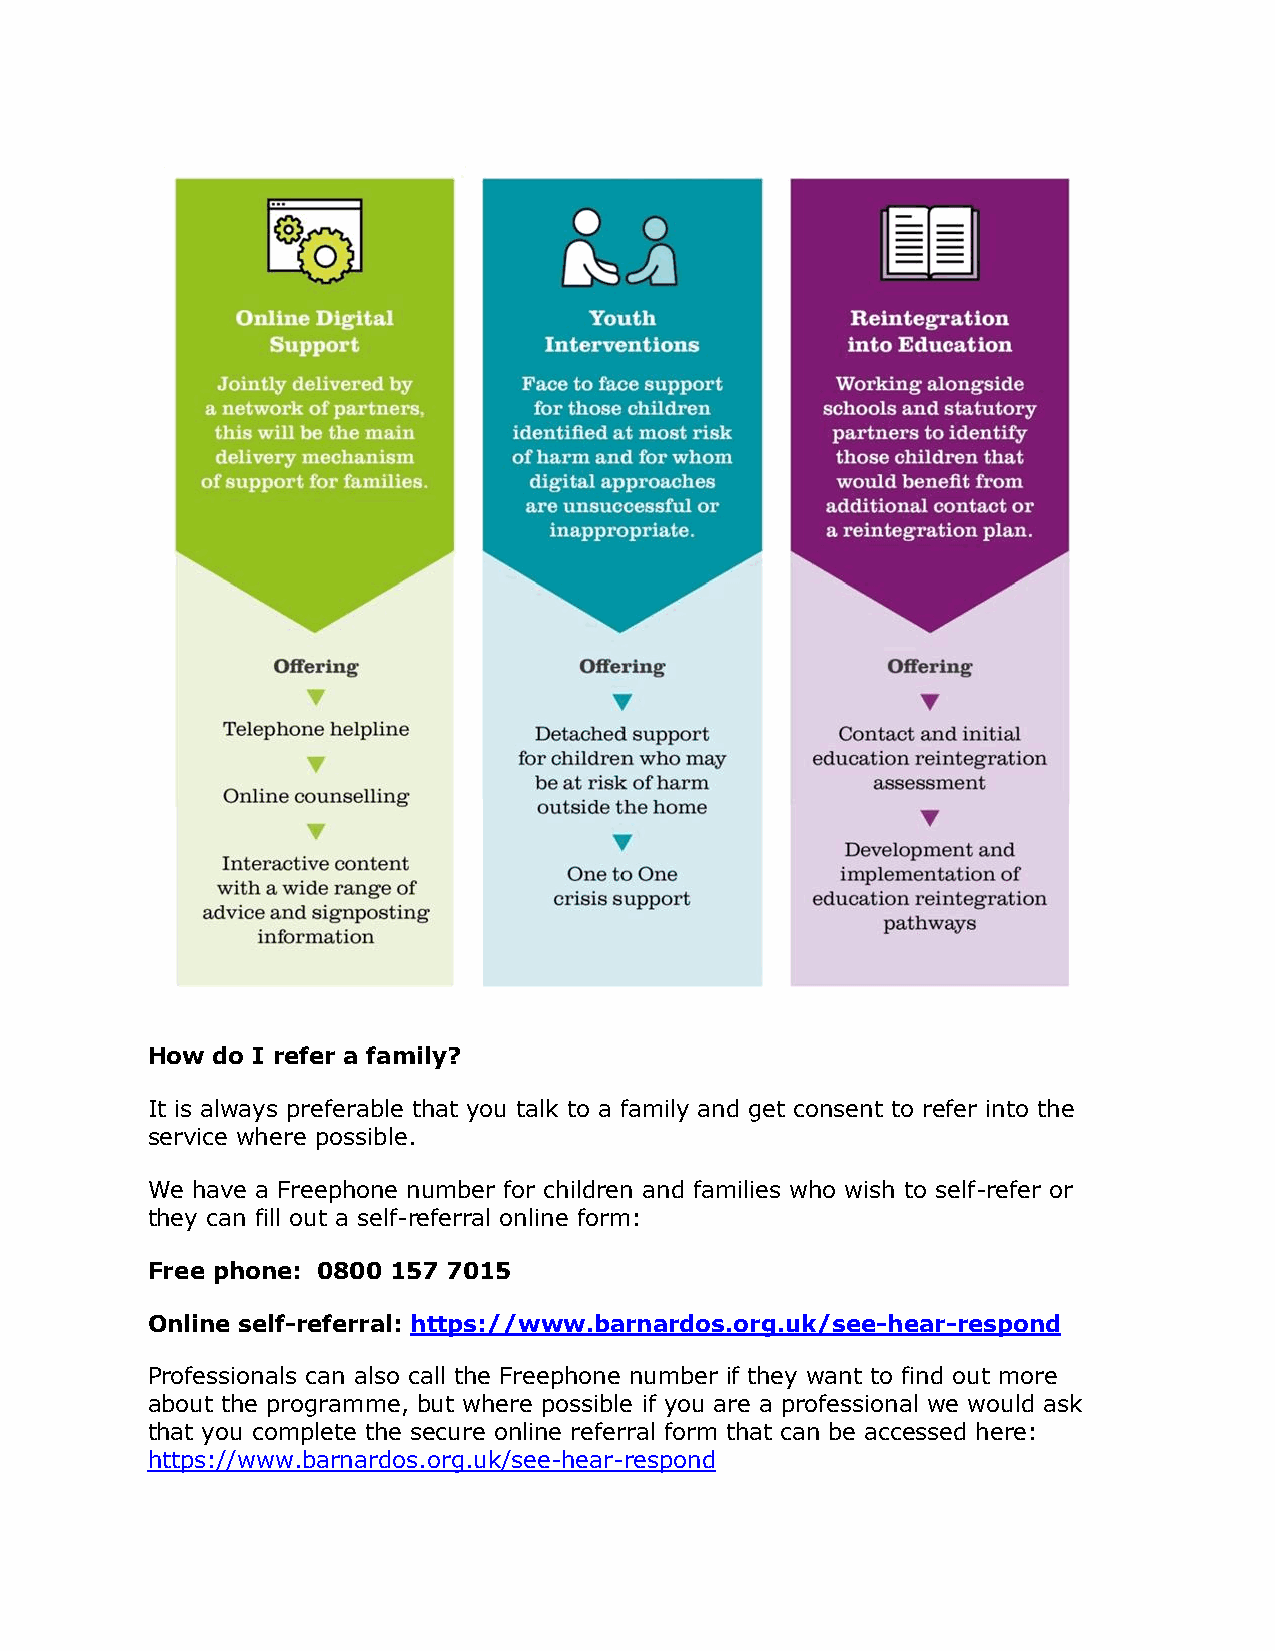
How do I refer a family?
 It is always preferable that you talk to a family and get consent to refer into the
 service where possible.
 We have a Freephone number for children and families who wish to self-refer or
 they can fill out a self-referral online form:
 Free phone: 0800 157 7015
 Online self-referral: https://www.barnardos.org.uk/see-hear-respond
 Professionals can also call the Freephone number if they want to find out more
 about the programme, but where possible if you are a professional we would ask
 that you complete the secure online referral form that can be accessed here:
 https://www.barnardos.org.uk/see-hear-respond